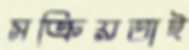
সক্রিয়তাই